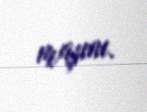
maşını.